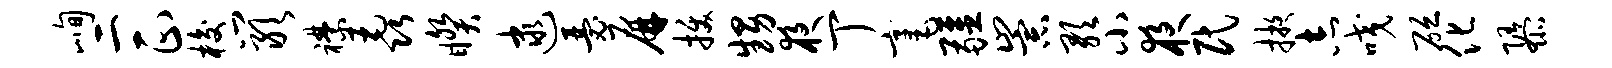
峋二正梭岩襟毳睽逮瑟屏拔甥夜丁毫疆崇歌小夜民掖志咬砭化隳